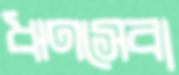
ঋণসেবা